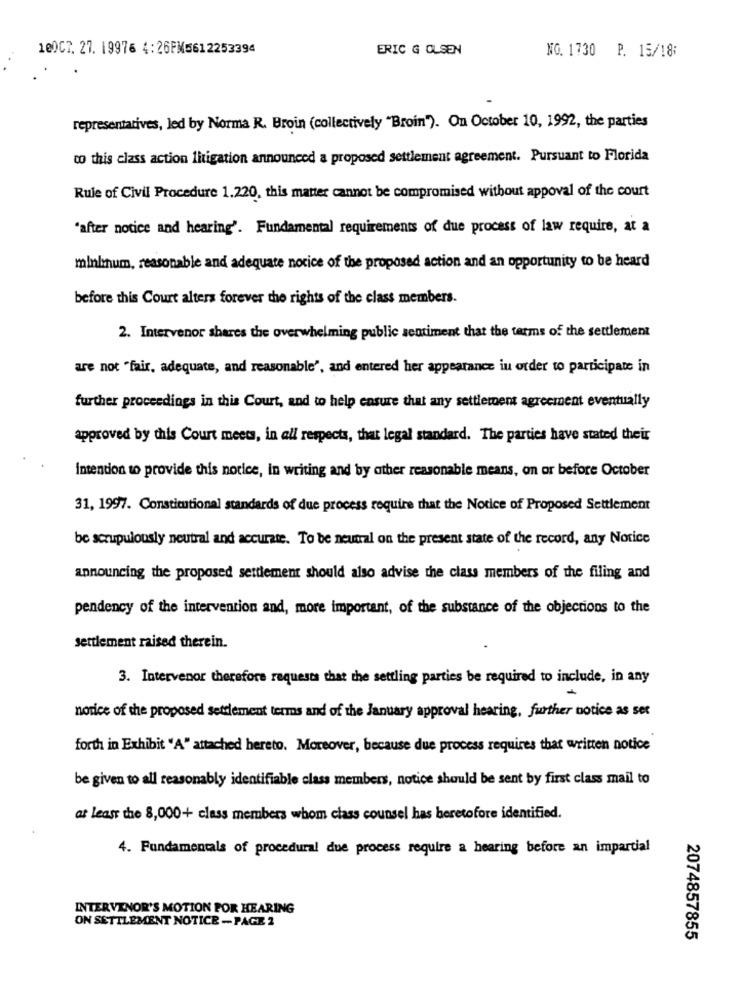
100C7. 27. 19976 4:26PM5612253394
ERIC G OLSEN
NO. 1730 P. 15/18:
representatives, led by Norma R. Broin (collectively "Broin"). On October 10, 1992, the parties
co this class action litigation announced a proposed settlement agreement. Pursuant to Florida
Rule of Civil Procedure 1.220, this matter cannot be compromised without appoval of the court
"after notice and hearing'. Fundamental requirements of due process of law require, at a
minhnum, reasonable and adequate nocice of the proposed action and an opportunity to be heard
before this Court alters forever the rights of the class members.
2. Intervenor shares the overwhelming public sentiment that the terms of the settlement
are not "fair, adequate, and reasonable', and entered her appearance in order to participate in
further proceedings in this Court, and to help ensure that any settlement agreement eventually
approved by this Court meets, in all respects, that legal standard. The parties have stated their
intention to provide this notice, in writing and by other reasonable means, on or before October
31, 1997. Constitutional standards of due process require that the Notice of Proposed Settlement
be scrupulously neutral and accurate. To be neutral on the present state of the record, any Notice
announcing the proposed settlement should also advise the class members of the filing and
pendency of the intervention and, more important, of the substance of the objections to the
settlement raised therein.
3. Intervenor therefore requests that the settling parties be required to include, in any
notice of the proposed settlement terms and of the January approval hearing, further notice as ser
forth in Exhibit "A" attached hereto. Moreover, because due process requires that written notice
be given to all reasonably identifiable class members, notice should be sent by first class mail to
at least the 8,000+ class members whom class counsel has heretofore identified.
4. Fundamentals of procedural due process require a hearing before an impartial
INTERVENOR'S MOTION POR HEARING
ON SETTLEMENT NOTICE - PAGE 2
2074857855